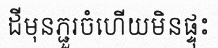
ដីមុនភ្ជួរចំហើយមិនផ្ទុះ